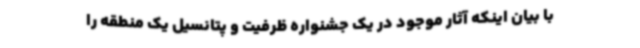
با بیان اینکه آثار موجود در یک جشنواره ظرفیت و پتانسیل یک منطقه را